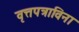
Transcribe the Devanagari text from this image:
वृत्तपत्राविना